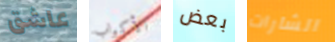
عاشق الأكواب بعض الشارات